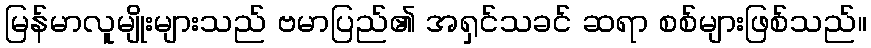
မြန်မာလူမျိုးများသည် ဗမာပြည်၏ အရှင်သခင် ဆရာ စစ်များဖြစ်သည်။